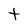
Character: t